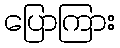
ပြောကြား